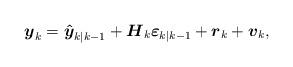
LaTeX: \begin{align*}{{\boldsymbol{y}}_k} = {{\boldsymbol{\hat y}}_{k|k - 1}} + {{\boldsymbol{H}}_k}{{\boldsymbol{\varepsilon }}_{k|k - 1}} + {{\boldsymbol{r}}_k} + {{\boldsymbol{v}}_k},\end{align*}